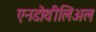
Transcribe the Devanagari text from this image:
एनडोथीलिअल